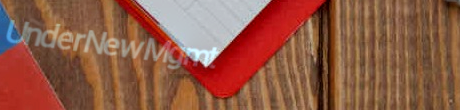
UnderNewMgmt